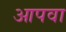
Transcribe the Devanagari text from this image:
आपवा